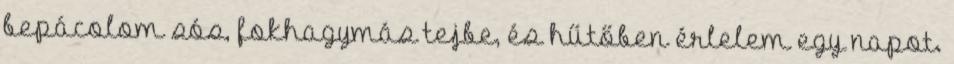
bepácolom sós, fokhagymás tejbe, és hűtőben érlelem egy napot.